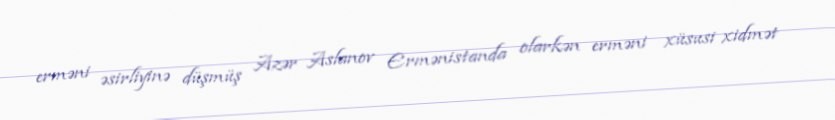
erməni əsirliyinə düşmüş Azər Aslanov Ermənistanda olarkən erməni xüsusi xidmət